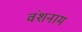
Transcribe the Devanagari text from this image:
वंशनाम